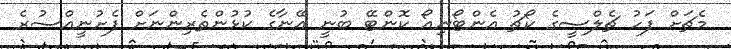
މެޗަށް ފަހު ޗެލްސީގެ ކޯޗު އެންޓޯނިއޯ ކޮންޓޭ ބުނީ އޭނާގެ ކުޅުންތެރިންނަށް ފެށުނީއްސުރެ